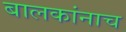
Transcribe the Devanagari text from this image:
बालकांनाच